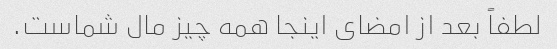
لطفاً بعد از امضای اینجا همه چیز مال شماست.